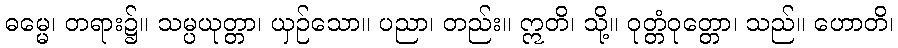
ဓမ္မေ၊ တရား၌။ သမ္ပယုတ္တာ၊ ယှဉ်သော။ ပညာ၊ တည်း။ ဣတိ၊ သို့။ ဝုတ္တံဝုတ္တော၊ သည်။ ဟောတိ၊